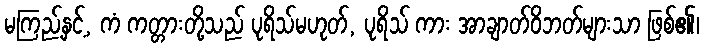
မကြည့်နှင့်, ကံ ကတ္တားတို့သည် ပုရိသ်မဟုတ်, ပုရိသ် ကား အာချာတ်ဝိဘတ်များသာ ဖြစ်၏၊